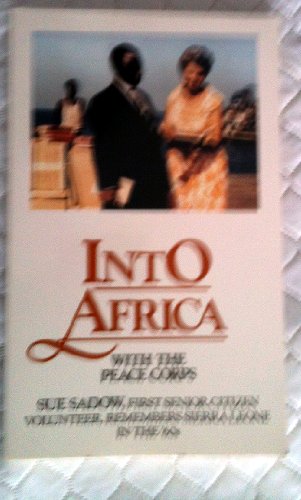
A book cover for Into Africa With the Peace Corp; Travel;